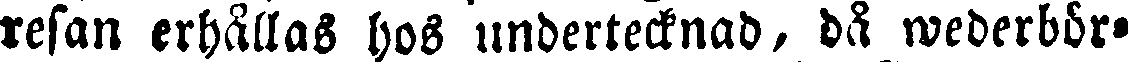
resan erhållas hos undertecknad, då wederbör-